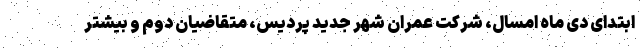
ابتدای دی ماه امسال، شرکت عمران شهر جدید پردیس، متقاضیان دوم و بیشتر